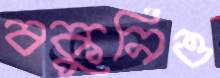
বকুনিও